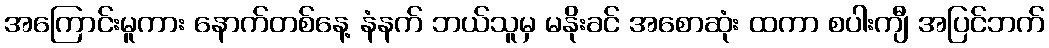
အကြောင်းမူကား နောက်တစ်နေ့ နံနက် ဘယ်သူမှ မနိုးခင် အစောဆုံး ထကာ စပါးကျီ အပြင်ဘက်